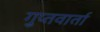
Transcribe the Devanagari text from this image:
गुप्तवार्ता